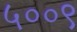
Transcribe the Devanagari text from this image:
५००९